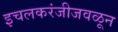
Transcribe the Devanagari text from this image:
इचलकरंजीजवळून